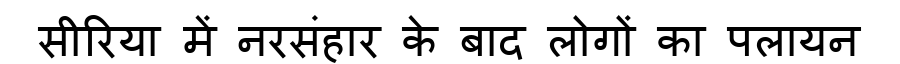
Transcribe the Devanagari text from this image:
सीरिया में नरसंहार के बाद लोगों का पलायन